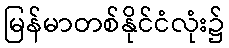
မြန်မာတစ်နိုင်ငံလုံး၌